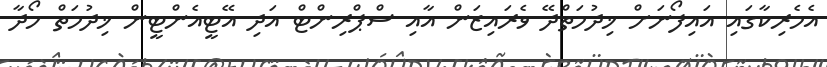
އެމެރިކާގައި އައިފޯނަށް ޚިދުމަތްދޭ ވެރައިޒަން އާއި ސްޕްރިންޓް އަދި އޭޓީއެންޓީން ޚިދުމަތް ހޯދާ